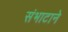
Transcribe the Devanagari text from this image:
संभाटाने